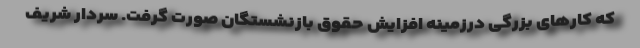
که کارهای بزرگی درزمینهٔ افزایش حقوق بازنشستگان صورت گرفت. سردار شریف